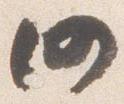
仍